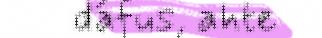
dáfus, ahte